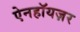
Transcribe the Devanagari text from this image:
ऐनहॉयज़र